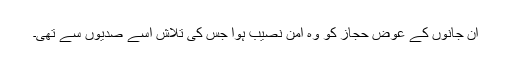
ان جانوں کے عوض حجاز کو وہ امن نصیب ہوا جس کی تلاش اسے صدیوں سے تھی۔